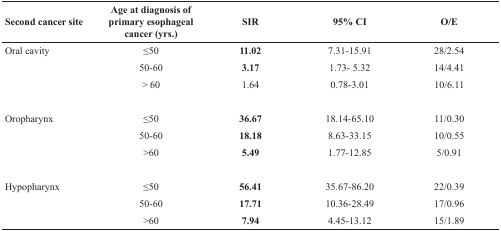
| Second cancer site | Age at diagnosis of primary esophageal cancer (yrs.) | SIR | 95% CI | O/E |
 | --- | --- | --- | --- | --- |
 | Oral cavity | ≤50 | 11.02 | 7.31–15.91 | 28/2.54 |
 |  | 50–60 | 3.17 | 1.73- 5.32 | 14/4.41 |
 |  | > 60 | 1.64 | 0.78–3.01 | 10/6.11 |
 | Oropharynx | ≤50 | 36.67 | 18.14–65.10 | 11/0.30 |
 |  | 50–60 | 18.18 | 8.63–33.15 | 10/0.55 |
 |  | >60 | 5.49 | 1.77–12.85 | 5/0.91 |
 | Hypopharynx | ≤50 | 56.41 | 35.67–86.20 | 22/0.39 |
 |  | 50–60 | 17.71 | 10.36–28.49 | 17/0.96 |
 |  | >60 | 7.94 | 4.45–13.12 | 15/1.89 |